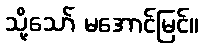
သို့သော် မအောင်မြင်။